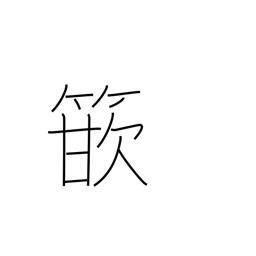
Meaning: inlay